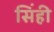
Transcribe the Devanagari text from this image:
सिंही